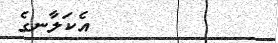
٢٤٢         އެކަލާނގެ